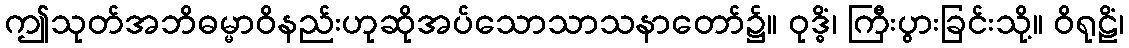
ဤသုတ်အဘိဓမ္မာဝိနည်းဟုဆိုအပ်သောသာသနာတော်၌။ ဝုဒ္ဓိံ၊ ကြီးပွားခြင်းသို့။ ဝိရုဠိံ၊